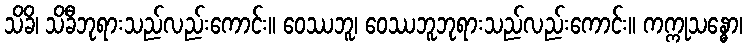
သိခိ၊ သိခီဘုရားသည်လည်းကောင်း။ ဝေဿဘူ၊ ဝေဿဘူဘုရားသည်လည်းကောင်း။ ကက္ကုသန္ဓော၊